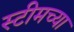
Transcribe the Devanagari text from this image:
स्टीमच्या